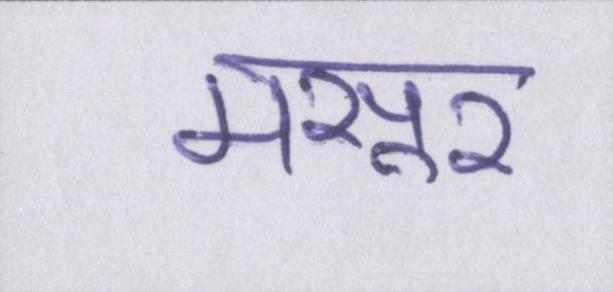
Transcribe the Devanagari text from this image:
मसूर